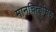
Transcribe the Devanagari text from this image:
मानचिन्हांसह